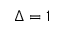
\Delta = 1